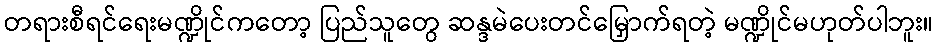
တရားစီရင်ရေးမဏ္ဍိုင်ကတော့ ပြည်သူတွေ ဆန္ဒမဲပေးတင်မြှောက်ရတဲ့ မဏ္ဍိုင်မဟုတ်ပါဘူး။